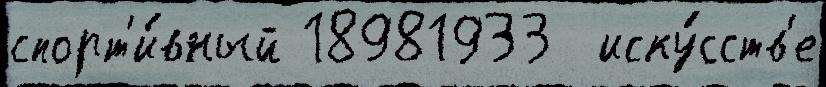
спорт'и́вный 18981933  иску́сств'е